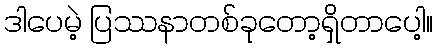
ဒါပေမဲ့ ပြဿနာတစ်ခုတော့ရှိတာပေါ့။